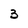
Character: 3